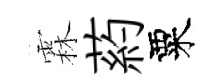
霖葯粟